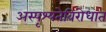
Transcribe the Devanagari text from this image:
अस्पृश्यतेविरोधात